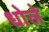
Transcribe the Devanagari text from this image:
धोले